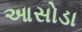
આસોડા